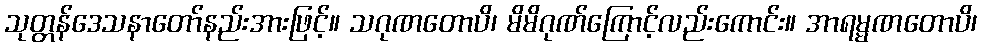
သုတ္တန်ဒေသနာတော်နည်းအားဖြင့်။ သဂုဏတောပိ၊ မိမိဂုဏ်ကြောင့်လည်းကောင်း။ အာရမ္မဏတောပိ၊